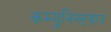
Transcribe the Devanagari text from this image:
कम्युनिस्टवाद